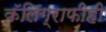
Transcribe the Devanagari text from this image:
कॅलिग्राफीही